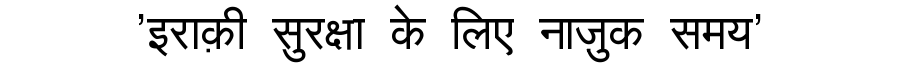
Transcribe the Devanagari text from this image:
'इराक़ी सुरक्षा के लिए नाज़ुक समय'